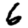
Digit: 6